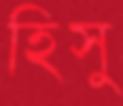
হিসু